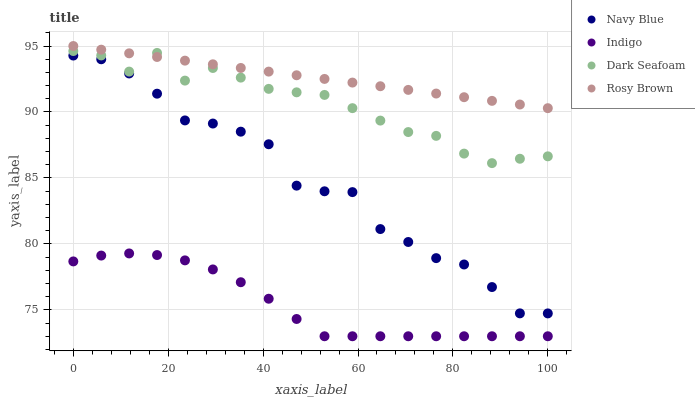
| xaxis_label | Navy Blue | Indigo | Dark Seafoam | Rosy Brown |
 | --- | --- | --- | --- | --- |
 | 0 | 94.3 | 78.7 | 94.6 | 95 |
 | 5.88 | 94 | 79.1 | 94.3 | 94.7 |
 | 11.8 | 92.9 | 79.3 | 93.1 | 94.4 |
 | 17.6 | 91.4 | 79.2 | 94.5 | 94.2 |
 | 23.5 | 89.4 | 78.8 | 92.4 | 93.9 |
 | 29.4 | 89.1 | 78.1 | 93.3 | 93.6 |
 | 35.3 | 88.5 | 77.1 | 92.6 | 93.3 |
 | 41.2 | 87.6 | 75.8 | 91.8 | 93.1 |
 | 47.1 | 84.4 | 74.3 | 91.5 | 92.8 |
 | 52.9 | 84 | 73 | 91.3 | 92.5 |
 | 58.8 | 83.9 | 73 | 90.3 | 92.2 |
 | 64.7 | 81.1 | 73 | 89.3 | 92 |
 | 70.6 | 80.1 | 73 | 88.5 | 91.7 |
 | 76.5 | 78.9 | 73 | 88.2 | 91.4 |
 | 82.4 | 78.4 | 73 | 86.8 | 91.1 |
 | 88.2 | 76.7 | 73 | 86.1 | 90.8 |
 | 94.1 | 74.7 | 73 | 86.5 | 90.6 |
 | 100 | 74.7 | 73 | 86.6 | 90.3 |